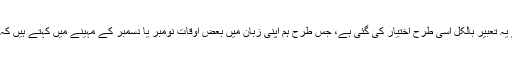
ذوالحجہ اور محرم کے پچاس دنوں کے لیے یہ تعبیر بالکل اُسی طرح اختیار کی گئی ہے، جس طرح ہم اپنی زبان میں بعض اوقات نومبر یا دسمبر کے مہینے میں کہتے ہیں کہ یہ سال گزر جائے تو فلاں کام کیا جائے گا۔